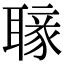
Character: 𦗐